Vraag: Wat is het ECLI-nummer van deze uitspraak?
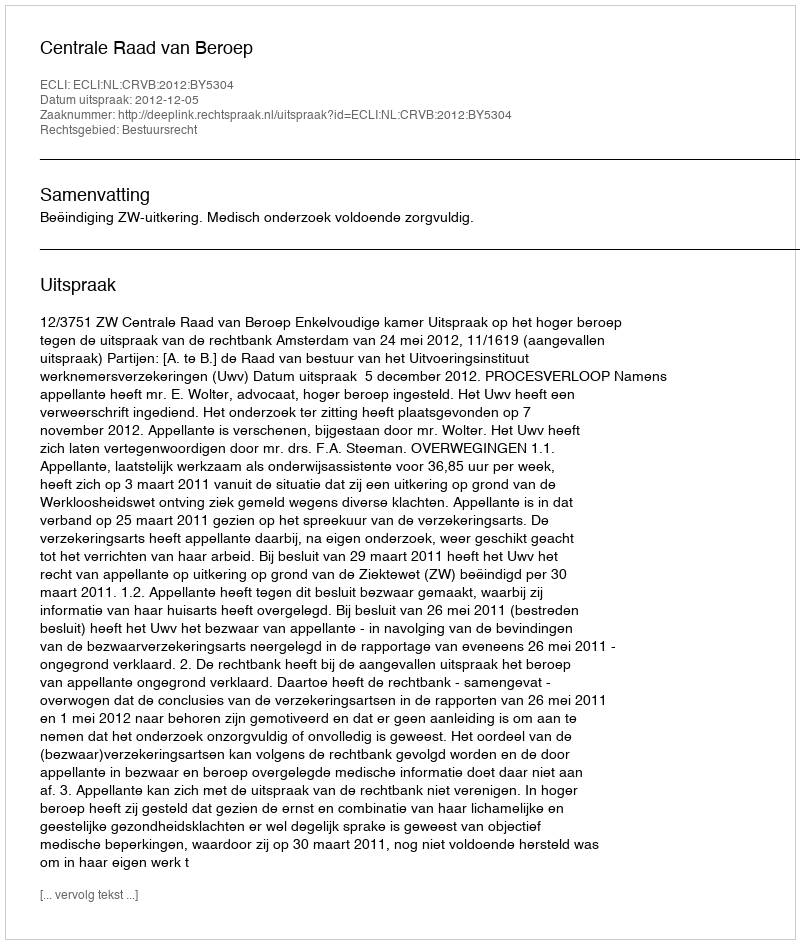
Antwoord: ECLI:NL:CRVB:2012:BY5304